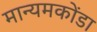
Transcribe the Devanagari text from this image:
मान्यमकोंडा